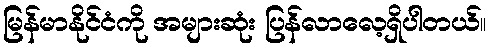
မြန်မာနိုင်ငံကို အများဆုံး ပြန်လာလေ့ရှိပါတယ်။